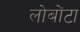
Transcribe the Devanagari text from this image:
लोबोंटा